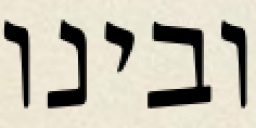
ובינו